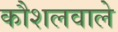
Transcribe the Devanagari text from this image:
कौशलवाले